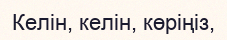
Келін, келін, көріңіз,